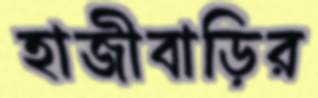
হাজীবাড়ির